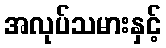
အလုပ်သမားနှင့်